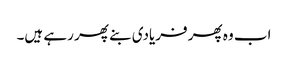
اب وہ پھر فریادی بنے پھر رہے ہیں۔